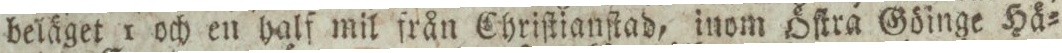
beläget 1 och en half mil från Chriſtianſtad, inom Öſtra Göinge Hä=